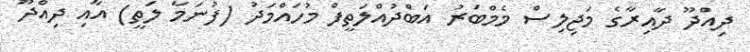
ދިއްދޫ ދާއިރާގެ މަޖިލިސް މެމްބަރު އަބްދުއްލަތީފް މުހައްމަދު (ފުނަމާ ލަތީ) އާއި ދިއްދޫ